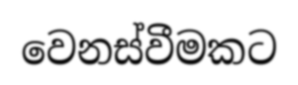
වෙනස්වීමකට